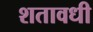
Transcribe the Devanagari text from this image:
शतावधी